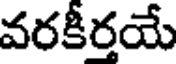
వరకీర్తయే